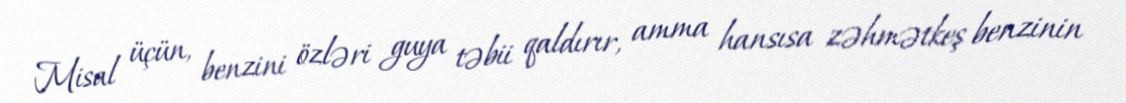
Misal üçün, benzini özləri guya təbii qaldırır, amma hansısa zəhmətkeş benzinin